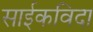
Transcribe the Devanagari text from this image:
साईकविदा